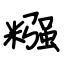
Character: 糨